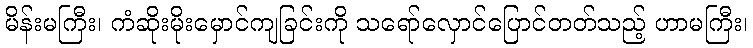
မိန်းမကြီး၊ ကံဆိုးမိုးမှောင်ကျခြင်းကို သရော်လှောင်ပြောင်တတ်သည့် ဟာမကြီး၊